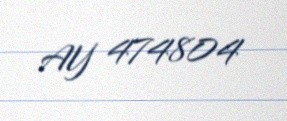
AY 474804